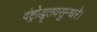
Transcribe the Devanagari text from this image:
दंष्ट्रोद्धृतवसुन्धरे।